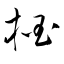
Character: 掴